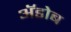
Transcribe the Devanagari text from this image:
ॲडोब